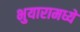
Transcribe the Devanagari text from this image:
भुयारामध्ये